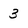
Character: 3